Tartu_pedagoogiumi_aruanded, lk 8
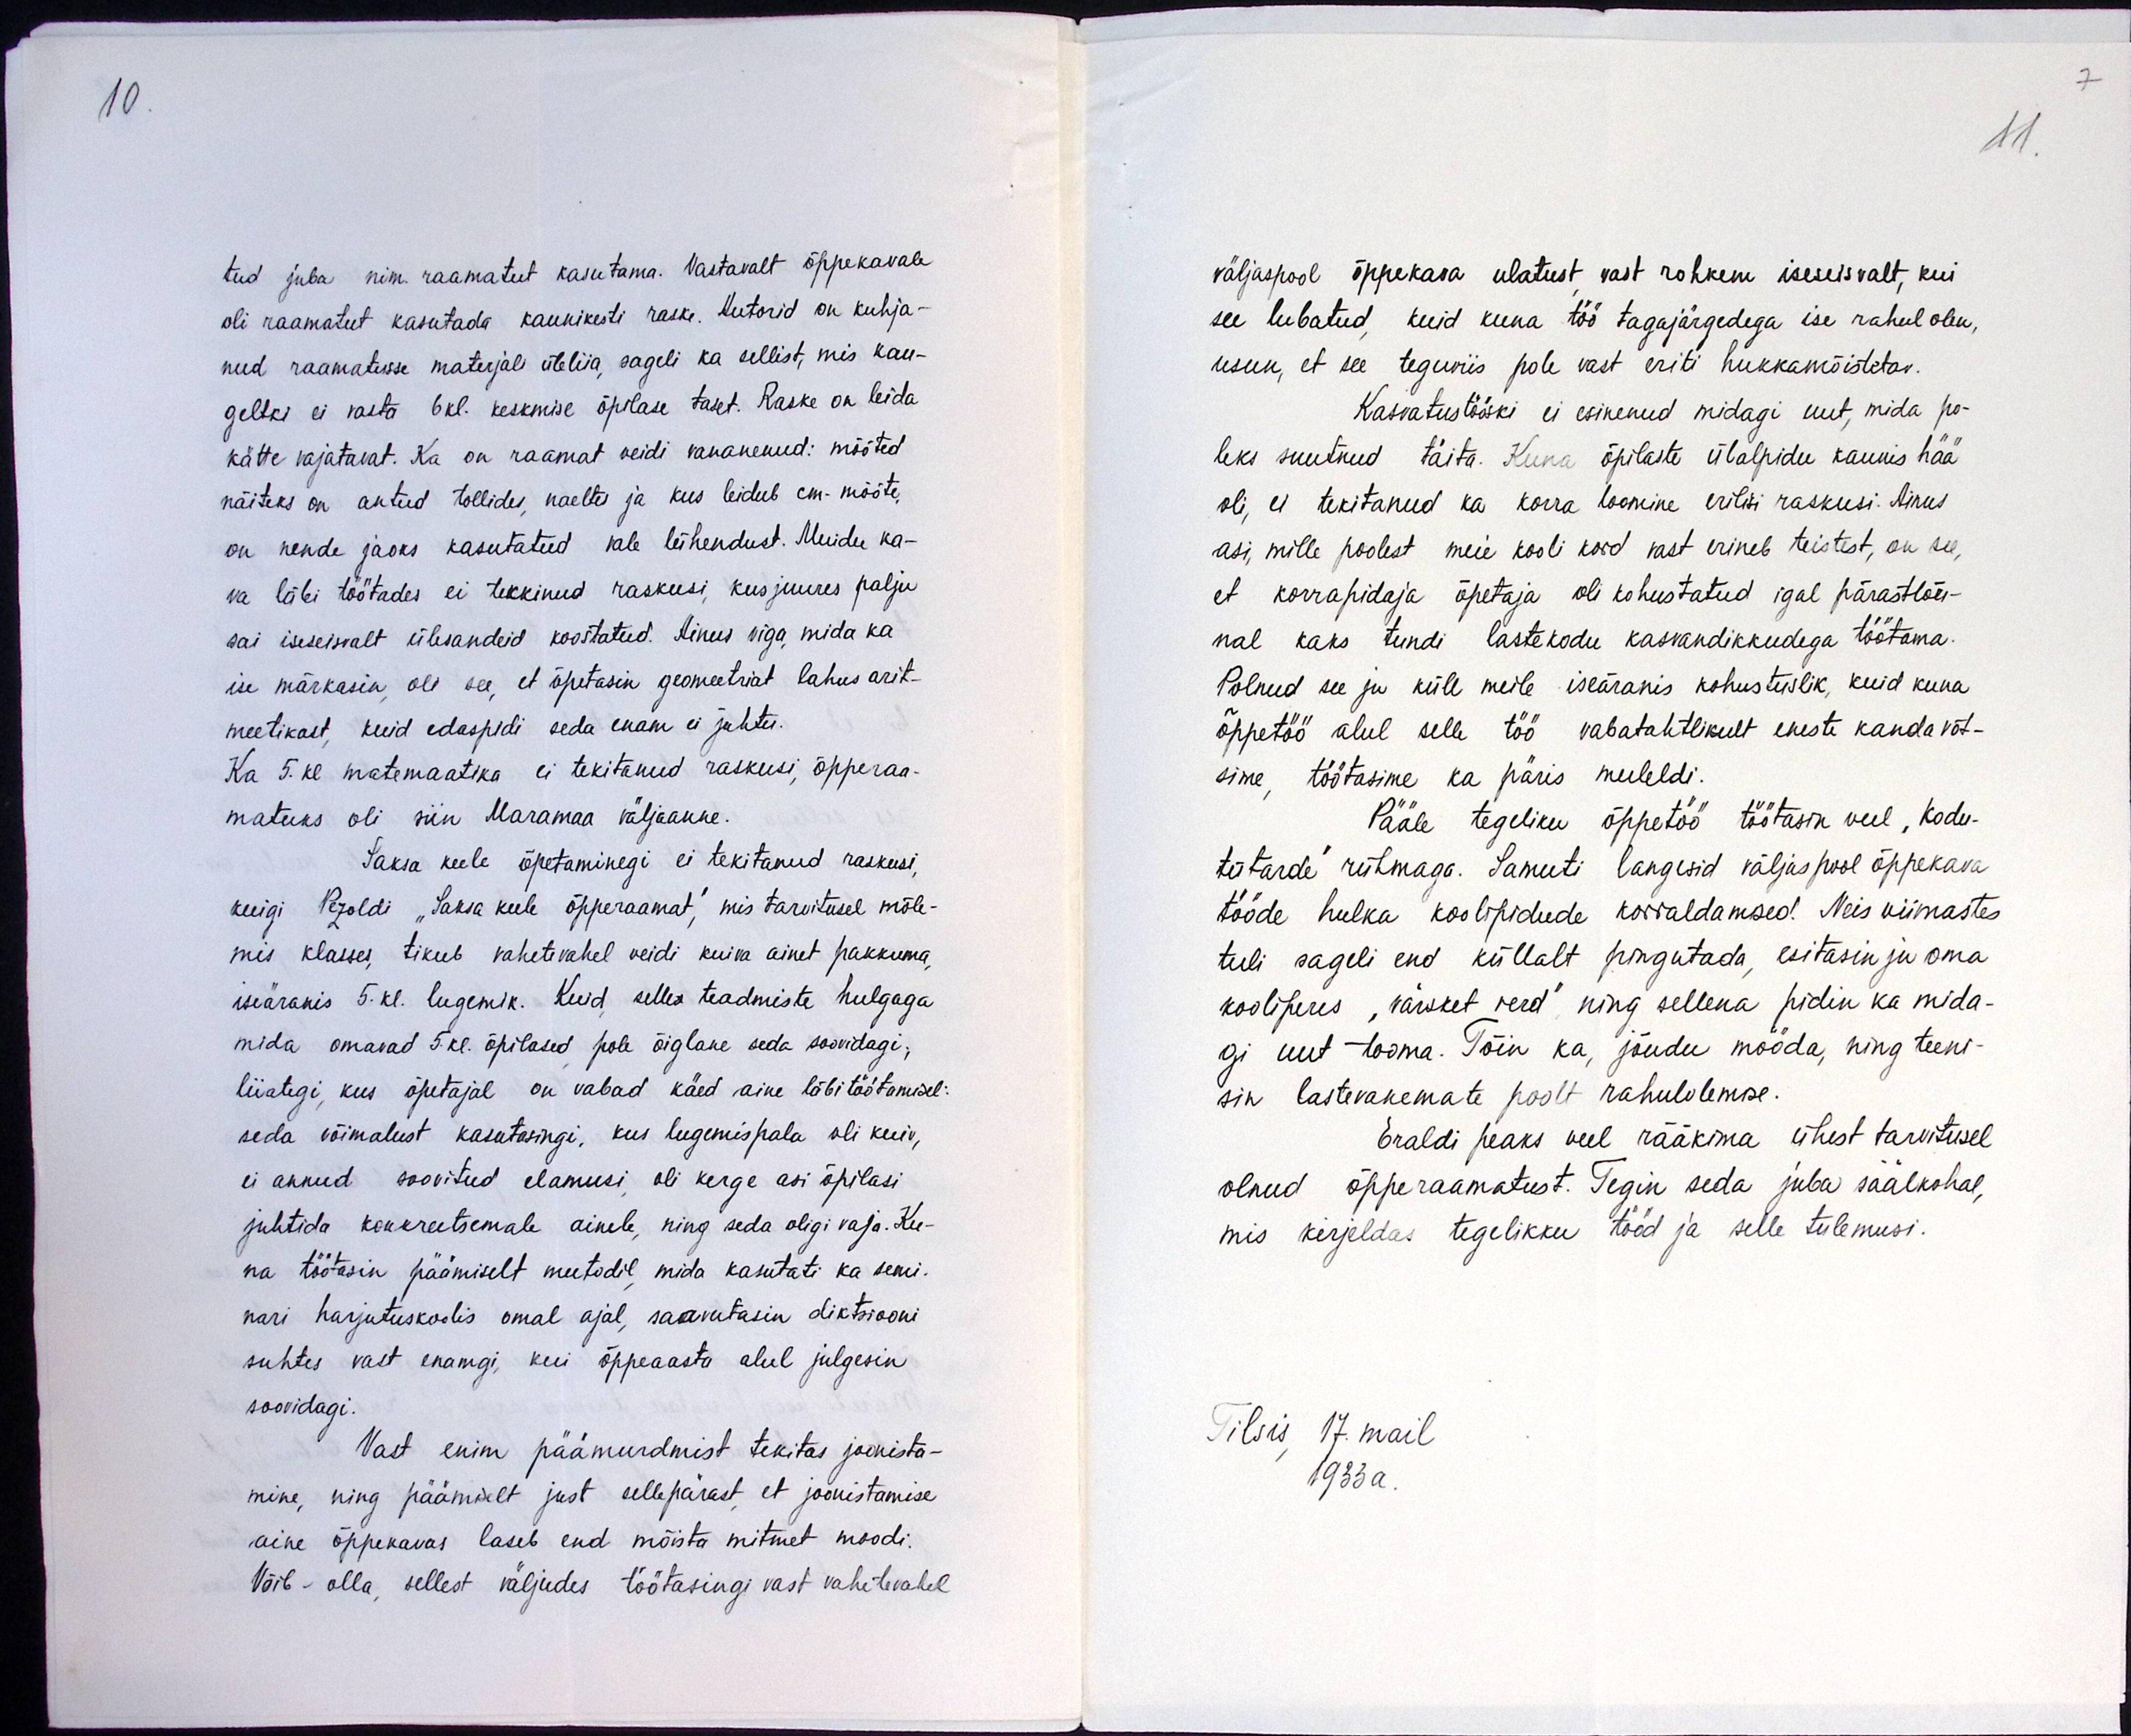
tud juba nim. raamatut kasutama. Vastavalt õppekavale
oli raamatut kasutada kaunikesti raske. Autorid on kuhja-
nud raamatusse materjali üleliia, sageli ka sellist, mis kau-
geltki ei vasta 6 kl. keskmise õpilase taset. Raske on leida
kätte vajatavat. Ka on raamat veidi vananenud: mõõted
näiteks on antud tollides, naeltes ja kus leidub cm-mõõte,
on nende jaoks kasutatud vale lühendust. Muidu ka-
va läbi töötades ei tekkinud raskusi, kusjuures palju
sai iseseisvalt ülesandeid koostatud. Ainus viga, mida ka
ise märkasin oli see, et õpetasin geomeetriat lahus arit-
meetikast, kuid edaspidi seda enam ei juhtu.
Ka 5. kl matemaatika ei tekitanud raskusi, õpperaa-
matuks oli siin Maramaa väljaanne.
Saksa keele õpetaminegi ei tekitanud raskusi,
kuigi Pezoldi "Saksa keele õpperaamat", mis tarvitusel mõle-
mis klasses, tikub vahetevahel veidi kuiva ainet pakkuma,
iseäranis 5. kl. lugemik. Kuid selles teadmiste hulgaga
mida omavad 5 kl. õpilased pole õiglane seda soovidagi;
liiatigi, kus õpetajal on vabad käed aine läbi töötamisel:
seda võimalust kasutasingi, kus lugemispala oli kuiv,
ei annud soovitud elamusi oli kerge asi õpilasi
juhtida konkreetsemale ainele, ning seda oligi vaja. Ku-
na töötasin päämiselt meetodil, mida kasutati ka semi-
nari harjutuskoolis omal ajal, saavutasin diktsiooni
suhtes vast enamgi, kui õppeaasta alul julgesin
soovidagi.
Vast enim päämurdmist tekitas joonista-
mine, ning päämiselt just sellepärast et joonistamise
aine õppekavas laseb end mõista mitmet moodi.
Võib - olla, sellest väljudes töötasingi vast vahetevahel

väljaspool õppekava ulatust vast rohkem iseseisvalt, kui
see lubatud, kuid kuna töö tagajärgedega ise rahul olen,
usun, et see teguviis pole vast eriti hukkamõistetav.
Kasvatustööski ei esinenud midagi uut, mida po-
leks suutnud täita. Kuna õpilaste ülalpidu kaunis hää-
oli, ei tekitanud ka korra loomine erilisi raskusi. Ainus
asi, mille poolest meie kooli kord vast erineb teistest, on see,
et korrapidaja õpetaja oli kohustatud igal pärastlõu-
nal kaks tundi lastekodu kasvandikkudega töötama
Polnud see ju küll meile iseäranis kohustuslik, kuid kuna
õppetöö alul selle töö vabatahtlikult eneste kanda võt-
sime, töötasime ka päris meeleldi.
Pääle tegeliku õppetöö töötasin veel, kodu-
tütarde rühmaga. Samuti langesid väljaspool õppekava
tööde hulka koolipidude korraldamised. Neis viimastes
tuli sageli end küllalt pingutada, esitasin ju oma
kooliperes, värsket verd ning sellena pidin ka mida-
gi uut tooma. Tõin ka, jõudu mööda, ning teeni-
sin lastevanemate poolt rahulolemise.
Eraldi peaks veel rääkima ühest tarvitusel
olnud õpperaamatust. Tegin seda juba säälkohal,
mis kirjeldas tegelikku tööd ja selle tulemusi.
Tilsis 17. mail.
1933 a.